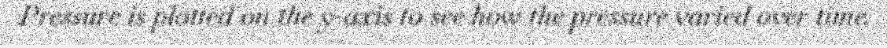
Pressure is plotted on the y-axis to see how the pressure varied over time.